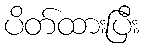
ပိတ်ထားပြီး